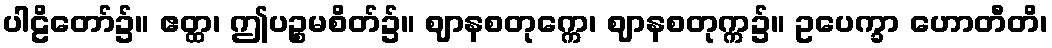
ပါဠိတော်၌။ ဧတ္ထ၊ ဤပဉ္စမစိတ်၌။ ဈာနစတုက္ကေ၊ ဈာနစတုက္က၌။ ဥပေက္ခာ ဟောတီတိ၊